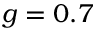
g = 0 . 7